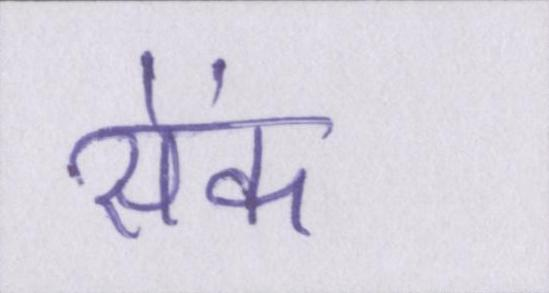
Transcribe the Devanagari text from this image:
सेंक